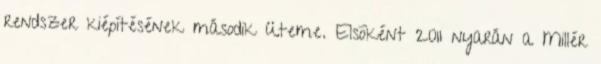
rendszer kiépítésének második üteme. Elsõként 2011 nyarán a Millér